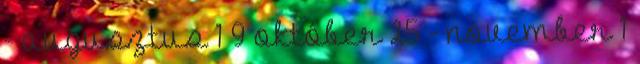
- augusztus 1 9 október 25 - november 1